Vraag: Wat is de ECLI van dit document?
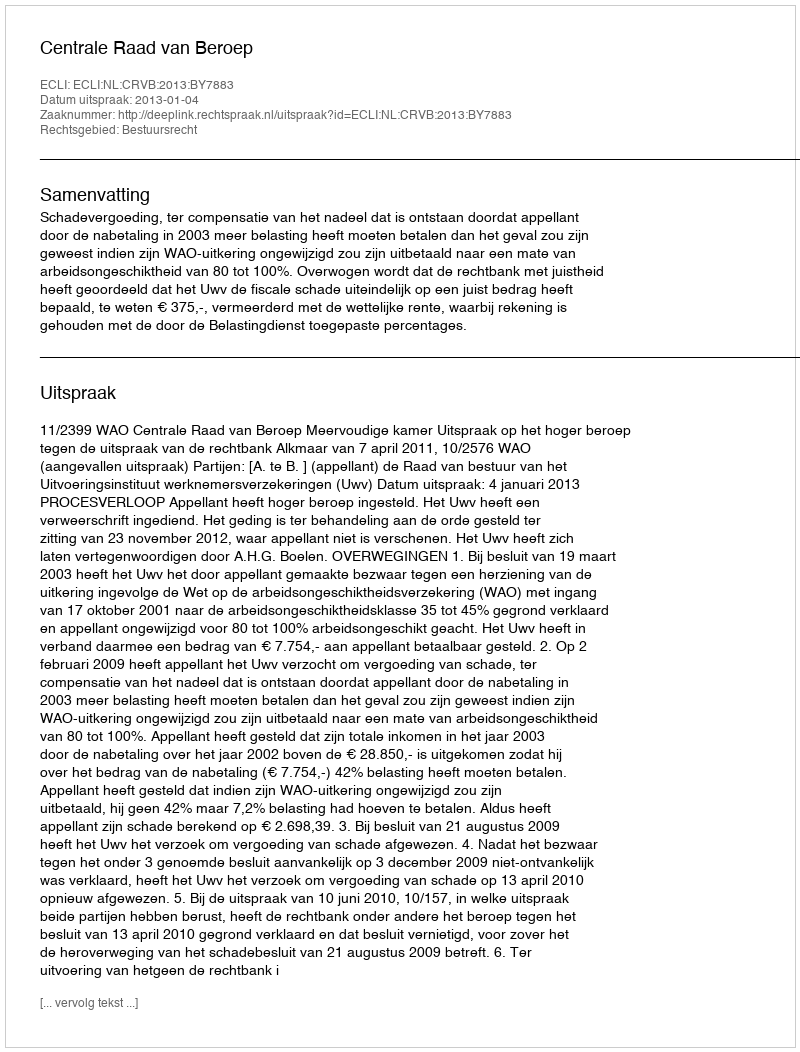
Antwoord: ECLI:NL:CRVB:2013:BY7883